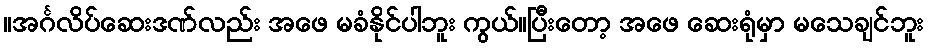
။အင်္ဂလိပ်ဆေးဒဏ်လည်း အဖေ မခံနိုင်ပါဘူး ကွယ်။ပြီးတော့ အဖေ ဆေးရုံမှာ မသေချင်ဘူး